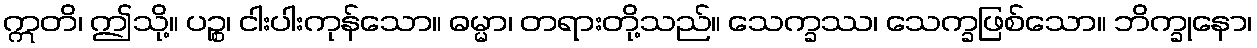
ဣတိ၊ ဤသို့။ ပဉ္စ၊ ငါးပါးကုန်သော။ ဓမ္မာ၊ တရားတို့သည်။ သေက္ခဿ၊ သေက္ခဖြစ်သော။ ဘိက္ခုနော၊